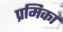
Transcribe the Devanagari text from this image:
प्रमिका